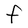
Character: F